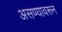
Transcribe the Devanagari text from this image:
असण्यावरून